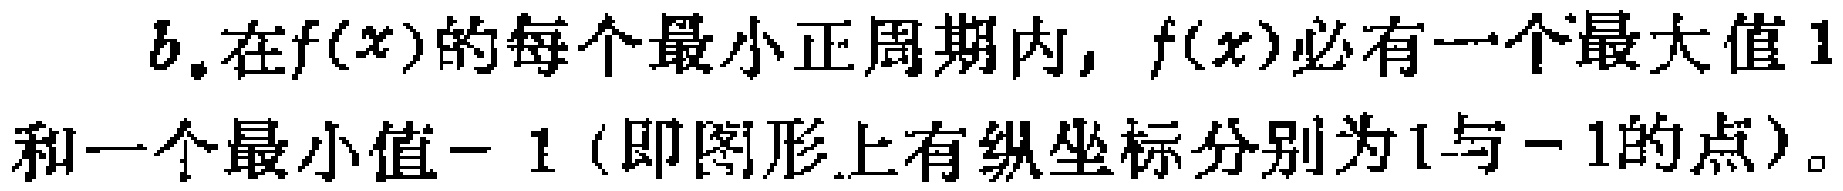
b.在\(f(x)\)的每个最小正周期内，\(f(x)\)必有一个最大值\(1\)和一个最小值\(-1\)（即图形上有纵坐标分别为\(1\)与\(-1\)的点）。